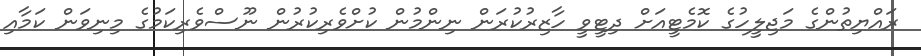
ރައްޔިތުންގެ މަޖިލީހުގެ ކޮމެޓީއަށް ދިޓީވީ ހާޒިރުކުރަން ނިންމުން ކުށްވެރިކުރުން ނޫސްވެރިކަމުގެ މިނިވަން ކަމާއި